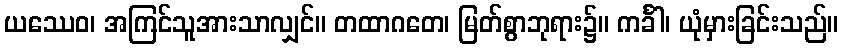
ယဿေဝ၊ အကြင်သူအားသာလျှင်။ တထာဂတေ၊ မြတ်စွာဘုရား၌။ ကင်္ခါ၊ ယုံမှားခြင်းသည်။